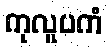
ကုလူပကံ